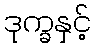
ဒုက္ခနှင့်